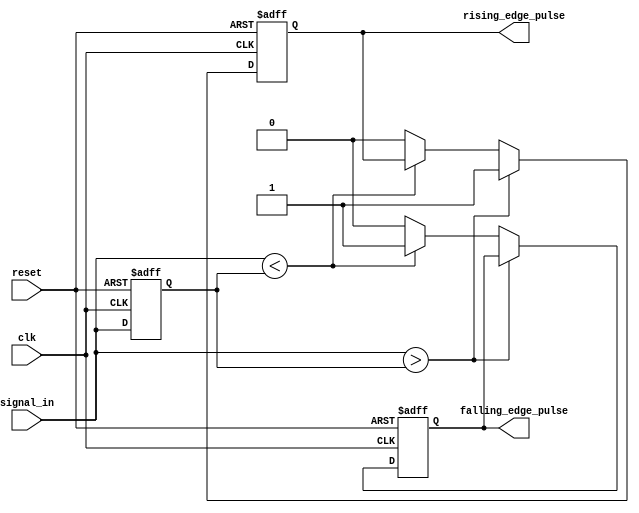
module schmitt_trigger_edge_detector (
    input wire clk,                // Clock signal
    input wire reset,              // Reset signal
    input wire signal_in,          // Input signal to be monitored
    output reg rising_edge_pulse,  // Output pulse for rising edge
    output reg falling_edge_pulse   // Output pulse for falling edge
);

    // Define parameters for the Schmitt trigger thresholds
    parameter THRESHOLD_HIGH = 1'b1;  // Example threshold for high
    parameter THRESHOLD_LOW  = 1'b0;   // Example threshold for low

    // State registers
    reg prev_state;                  // To store the previous state of signal_in

    // Edge detection logic
    always @(posedge clk or posedge reset) begin
        if (reset) begin
            // Initialize outputs and previous state on reset
            rising_edge_pulse <= 1'b0;
            falling_edge_pulse <= 1'b0;
            prev_state <= THRESHOLD_LOW; // Initial state
        end else begin
            // Store the current state
            if (signal_in > prev_state) begin
                // Rising edge detected
                rising_edge_pulse <= 1'b1;  // Generate pulse
            end else if (signal_in < prev_state) begin
                // Falling edge detected
                falling_edge_pulse <= 1'b1;  // Generate pulse
            end else begin
                // No edge detected
                rising_edge_pulse <= 1'b0;    // Clear rising edge pulse
                falling_edge_pulse <= 1'b0;   // Clear falling edge pulse
            end

            // Update previous state
            prev_state <= signal_in;       // Remember the current state for next cycle
        end
    end

endmodule